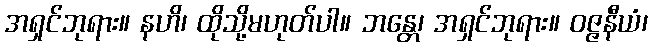
အရှင်ဘုရား။ နဟိ၊ ထိုသို့မဟုတ်ပါ။ ဘန္တေ၊ အရှင်ဘုရား။ ဝဇ္ဇနီယံ၊